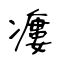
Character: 瘻